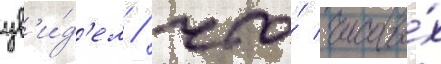
ув'и́д'ел / что́ часовы́х